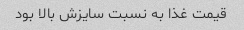
قیمت غذا به نسبت سایزش بالا بود